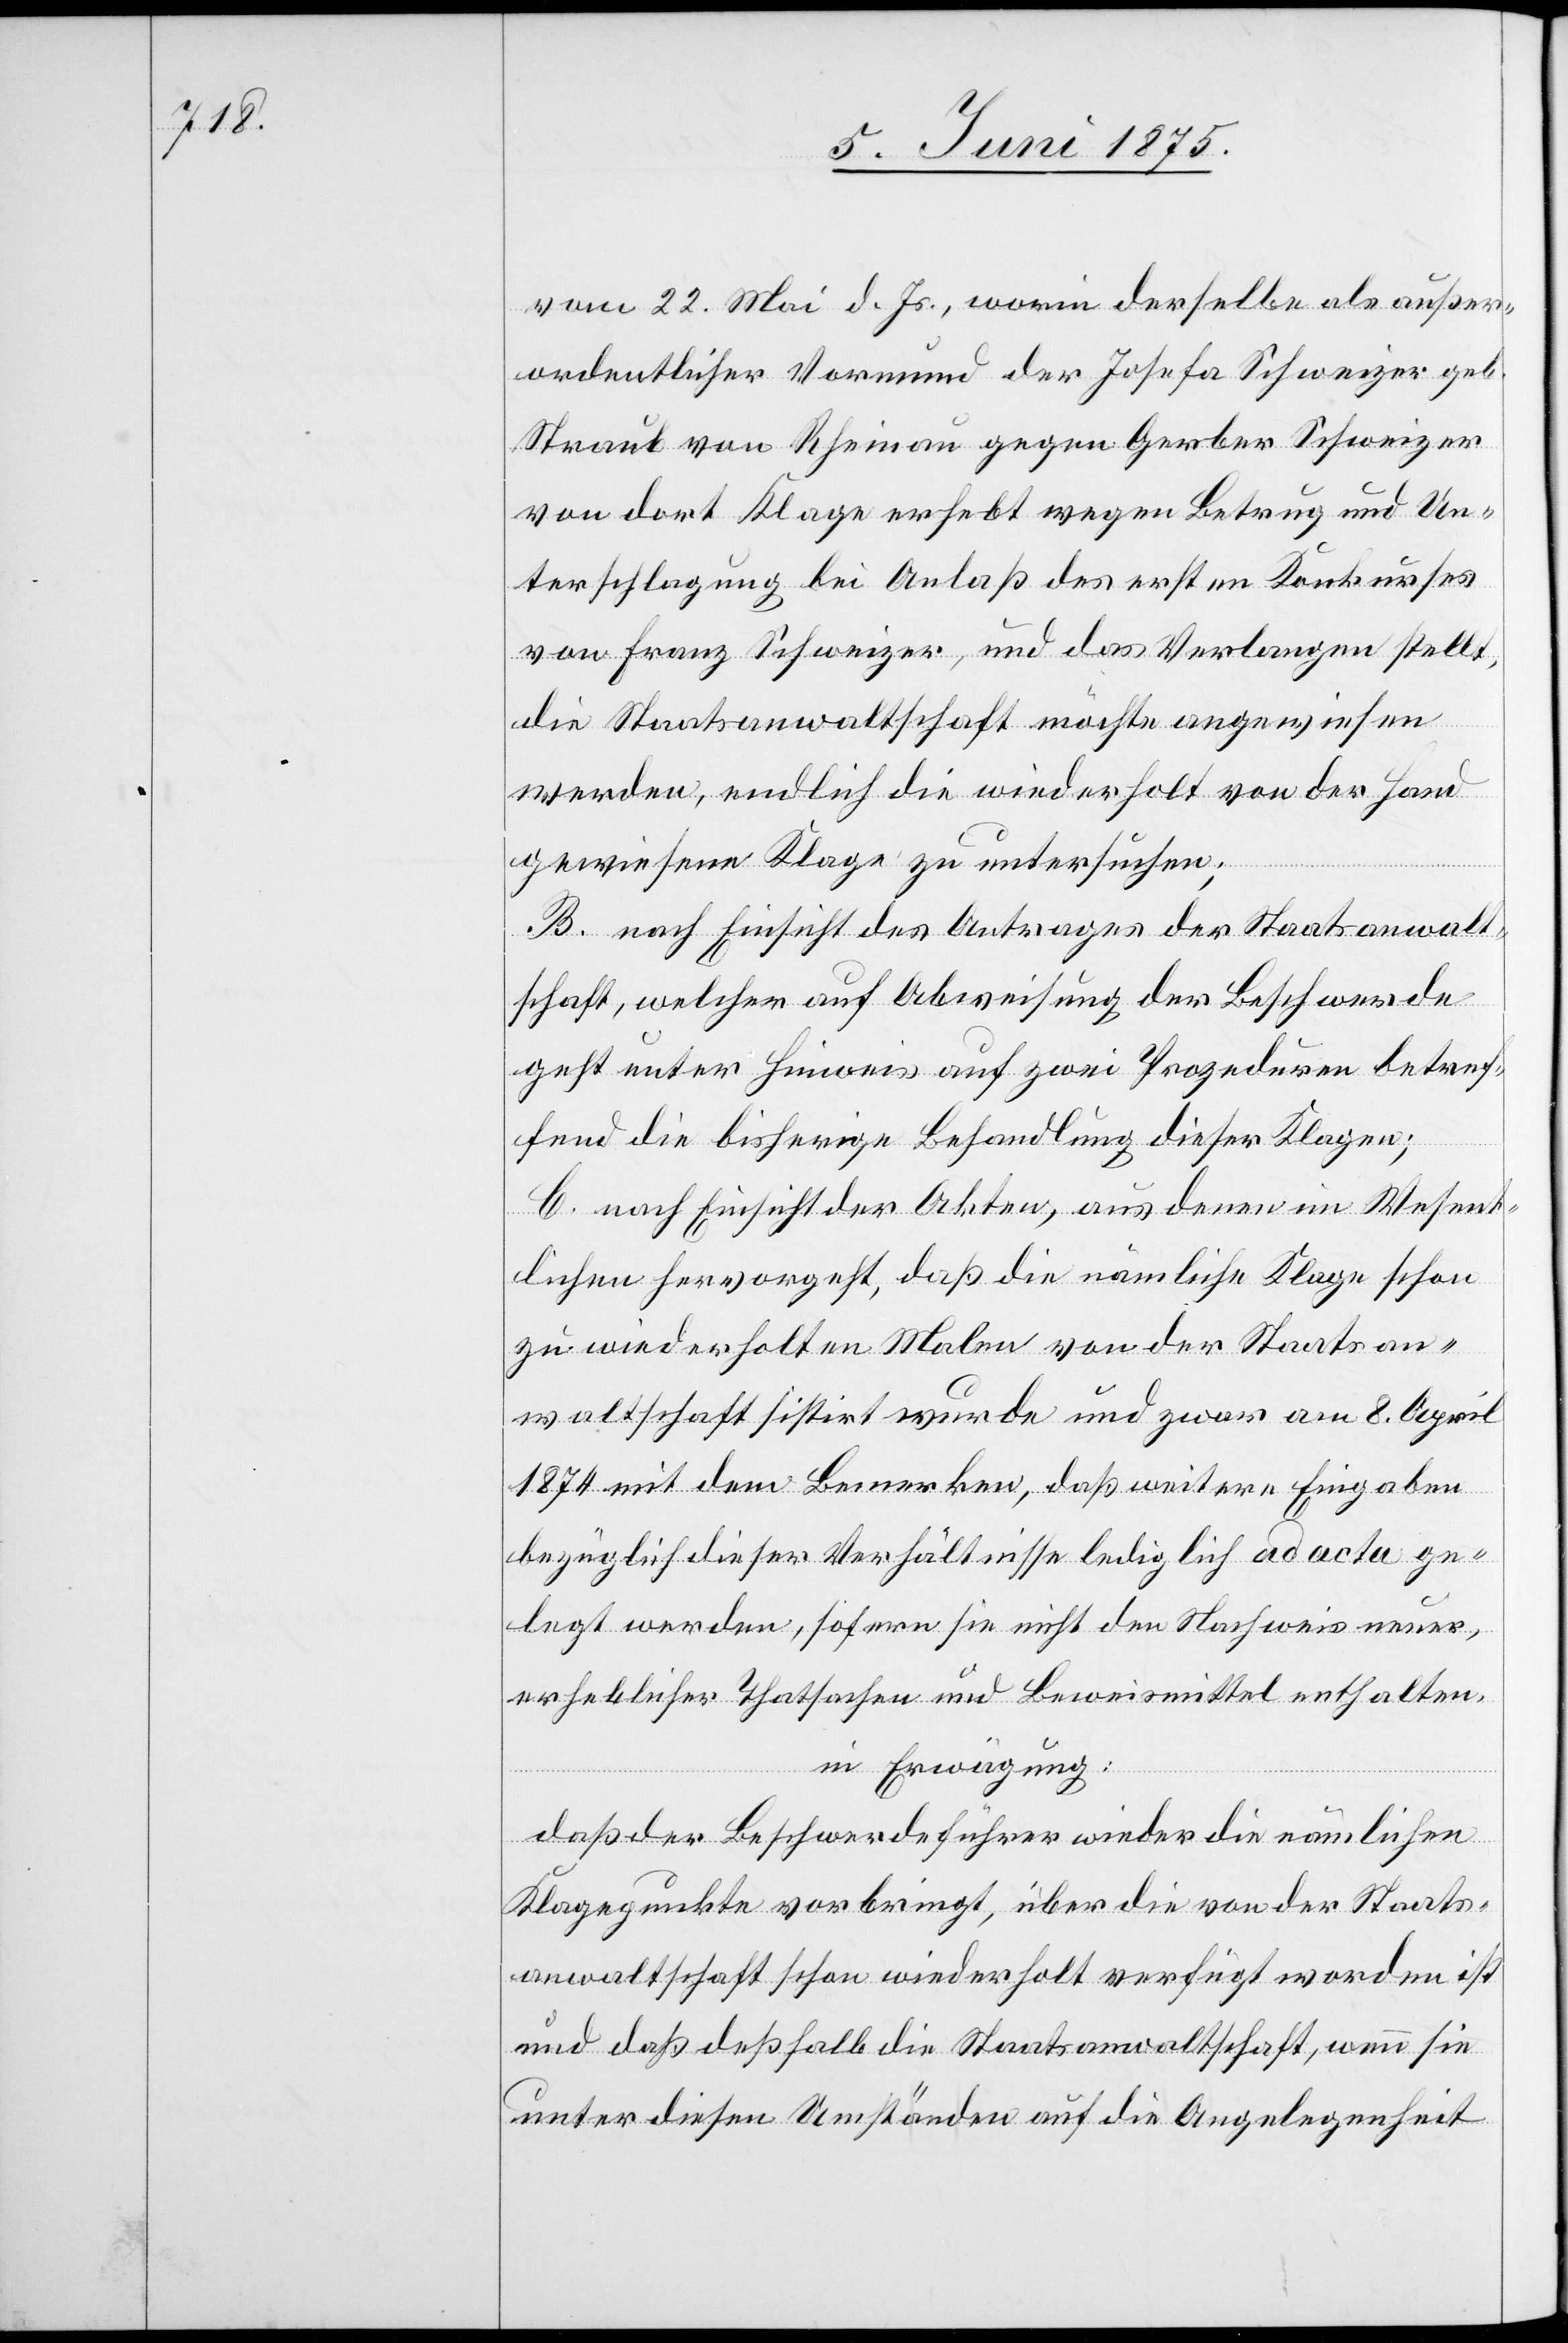
ordentlicher Vormund der Josefa Schweizer geb.
Straub von Rheinau gegen Gerber Schweizer
von dort Klage erhebt wegen Betrug und Un¬
terschlagung bei Anlaß des ersten Konkurses
von Franz Schweizer, und das Verlangen stellt,
die Staatsanwaltschaft möchte angewiesen
werden, endlich die wiederholt von der Hand
gewiesene Klage zu untersuchen;
B. nach Einsicht des Antrages der Staatsanwalt¬
schaft, welcher auf Abweisung der Beschwerde
geht unter Hinweis auf zwei Prozeduren betref¬
fend die bisherige Behandlung dieser Klagen;
C. nach Einsicht der Akten, aus denen im Wesent¬
lichen hervorgeht, daß die nämliche Klage schon
zu wiederholten Malen von der Staatsan¬
waltschaft sistirt wurde und zwar am 8. April
1874 mit dem Bemerken, daß weitere Eingaben
bezüglich dieser Verhältnisse lediglich ad acta ge¬
legt werde, sofern sie nicht den Hinweis neuer,
erheblicher Thatsachen und Beweismittle enthalten,
in Erwägung:
außer¬
daß der Beschwerdeführer wieder die nämlichen
Klagepunkte vorbringt, über die von der Staats¬
anwaltschaft schon wiederholt verfügt worden ist
und daß deßhalb die Staatsanwaltschaft, wenn sie
unter diesen Umständen auf die Angelegenheit